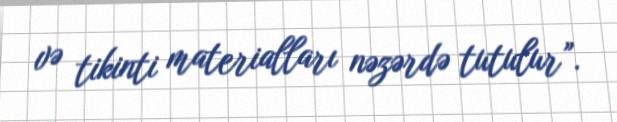
və tikinti materialları nəzərdə tutulur”.